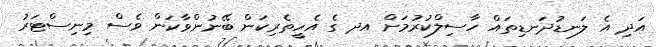
އަދި އެ ލަނޑުދަނޑިތައް ހާސިލްކުރުމަށް އދ ގެ އެހީތެރިކަން ބޭނުންވާކަން ވެސް މިނިސްޓަރު